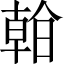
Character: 𣉙